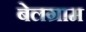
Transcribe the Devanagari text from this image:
बेलग्राम